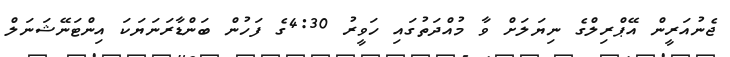
ޖެނުއަރީން އޭޕްރިލްގެ ނިޔަލަށް ވާ މުއްދަތުގައި ހަވީރު 4:30ގެ ފަހުން ބަންޑާރަނަޔަކަ އިންޓަނޭޝަނަލް